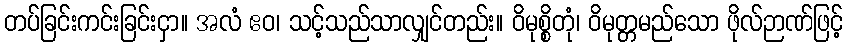
တပ်ခြင်းကင်းခြင်းငှာ။ အလံ ဧဝ၊ သင့်သည်သာလျှင်တည်း။ ဝိမုစ္စိတုံ၊ ဝိမုတ္တမည်သော ဖိုလ်ဉာဏ်ဖြင့်